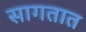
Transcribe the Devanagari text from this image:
सागतात